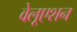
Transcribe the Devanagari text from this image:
वेलूएशन